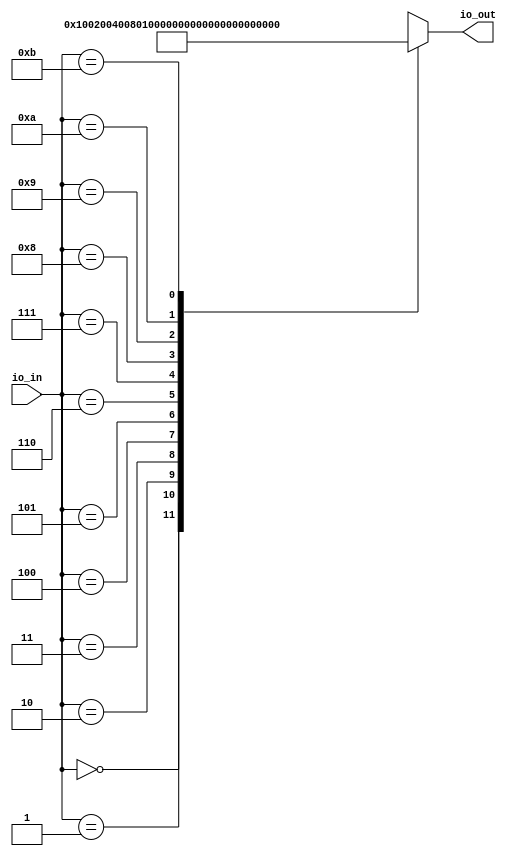
module coprime2LUT(
    input [3:0] io_in,
    output[11:0] io_out
);

  wire[11:0] T0;
  reg [11:0] T1 [11:0];


  assign io_out = T0;
`ifndef SYNTHESIS
  assign T0 = io_in >= 4'hc ? {1{$random}} : T1[io_in];
`else
  assign T0 = T1[io_in];
`endif
  always @(*) begin
    T1[0] = 12'h1;
    T1[1] = 12'h2;
    T1[2] = 12'h4;
    T1[3] = 12'h8;
    T1[4] = 12'h10;
    T1[5] = 12'h20;
    T1[6] = 12'h40;
    T1[7] = 12'h80;
    T1[8] = 12'h100;
    T1[9] = 12'h200;
    T1[10] = 12'h400;
    T1[11] = 12'h800;
  end
endmodule